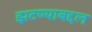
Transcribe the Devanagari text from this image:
झटण्याबद्दल